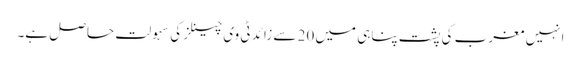
انہیں مغرب کی پشت پناہی میں 20 سے زائد ٹی وی چینلز کی سہولت حاصل ہے۔